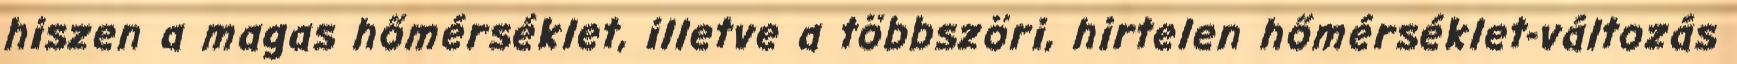
hiszen a magas hőmérséklet, illetve a többszöri, hirtelen hőmérséklet-változás